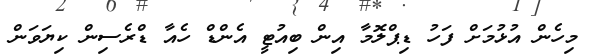
މިހެން އުޅުމަށް ފަހު ޑިޕްލޮމާ އިން ބިއުޓީ އެންޑް ހެއާ ޑްރެސިން ކިޔަވަން